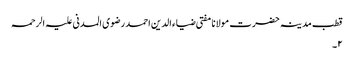
قطب مدینہ حضرت مولانا مفتی ضیاء الدین احمد رضوی المدنی علیہ الرحمہ
۲۔